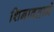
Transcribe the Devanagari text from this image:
शिनावताने